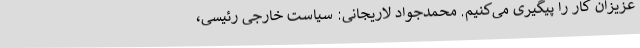
عزیزان کار را پیگیری می‌کنیم. محمدجواد لاریجانی: سیاست خارجی رئیسی،